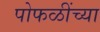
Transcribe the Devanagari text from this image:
पोफळींच्या